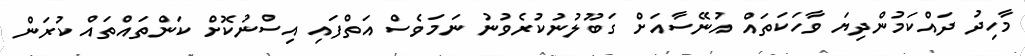
މާހިދު ދައްކަމުންދިޔަ ވާހަކަތައް އުނޭސާއަށް ގަބޫލުނުކުރެވުނު ނަމަވެސް އަތްފައި އިސްނުކޮށް ކަންތައްތައް ކުރަން